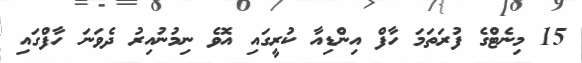
15 މިނެޓްގެ ފުރަތަމަ ހާފް އިންޑިއާ ކުރީގައި އޮވެ ނިމުނުއިރު ދެވަނަ ހާފްގައި